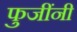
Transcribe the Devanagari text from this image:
फुजींनी